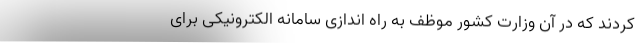
کردند که در آن وزارت کشور موظف به راه اندازی سامانه الکترونیکی برای